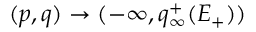
( p , q ) \to ( - \infty , q _ { \infty } ^ { + } ( E _ { + } ) )